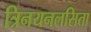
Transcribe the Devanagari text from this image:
त्रिनयनलसिता